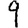
Digit: 9